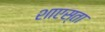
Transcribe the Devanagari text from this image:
शाएस्ता